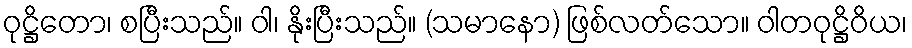
ဝုဋ္ဌိတော၊ စပြီးသည်။ ဝါ၊ နိုးပြီးသည်။ (သမာနော) ဖြစ်လတ်သော။ ဝါတဝုဋ္ဌိဝိယ၊